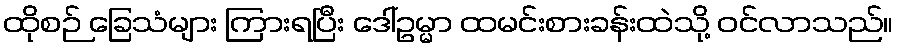
ထိုစဉ် ခြေသံများ ကြားရပြီး ဒေါ်ဥမ္မာ ထမင်းစားခန်းထဲသို့ ဝင်လာသည်။